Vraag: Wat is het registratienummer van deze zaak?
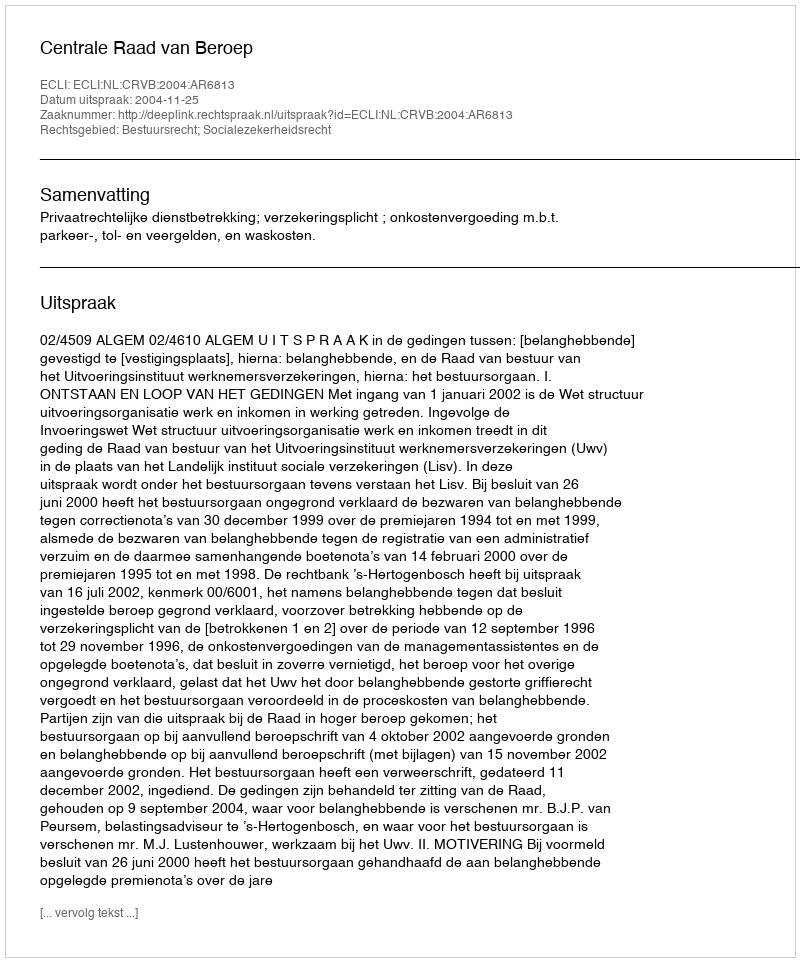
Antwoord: http://deeplink.rechtspraak.nl/uitspraak?id=ECLI:NL:CRVB:2004:AR6813